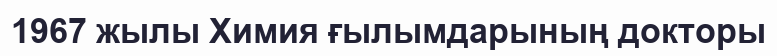
1967 жылы Химия ғылымдарының докторы